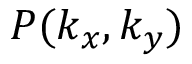
P ( k _ { x } , k _ { y } )